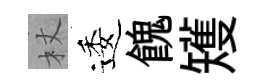
杖逶餽矱